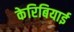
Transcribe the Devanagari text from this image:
केरिबियाई